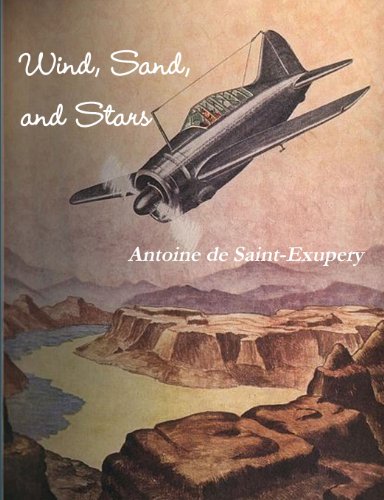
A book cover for Wind, Sand, and Stars; Antoine de Saint-Exupery; Engineering & Transportation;